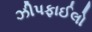
ઝીપફાઈલો